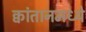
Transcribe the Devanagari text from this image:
क्वांतानमध्ये